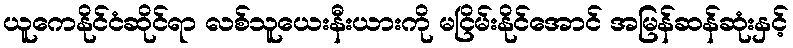
ယူကေနိုင်ငံဆိုင်ရာ လစ်သူယေးနီးယားကို မငြိမ်းနိုင်အောင် အမြန်ဆန်ဆုံးနှင့်